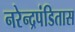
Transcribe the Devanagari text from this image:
नरेन्द्रपंडितास